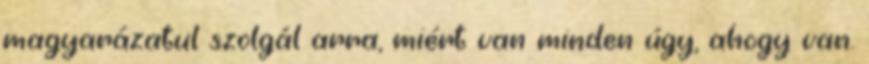
magyarázatul szolgál arra, miért van minden úgy, ahogy van.